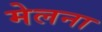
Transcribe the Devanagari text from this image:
मेलना